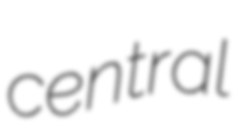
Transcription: central